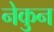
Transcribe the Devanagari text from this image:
नेकुन